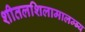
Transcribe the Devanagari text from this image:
शीतलशिलामालम्ब्य